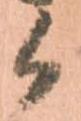
候